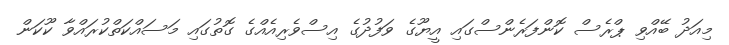
މިއަދު ބޭއްވި ޕްރެސް ކޮންފަރެންސްގައި އީޔޫގެ ވަފުދުގެ އިސްވެރިއެއްގެ ގޮތުގައި މަސައްކަތްކުރައްވާ ކޫކަން